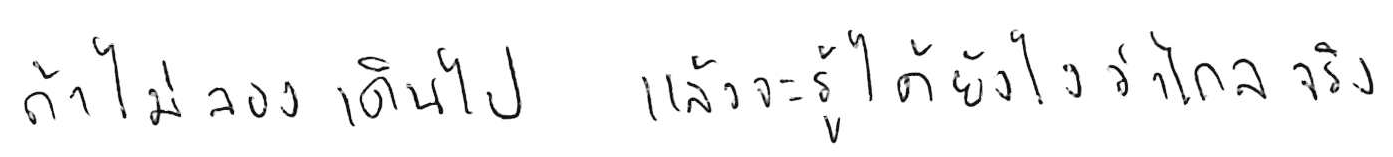
ถ้าไม่ลองเดินไป แล้วจะรู้ได้ยังไงว่าไกลจริง